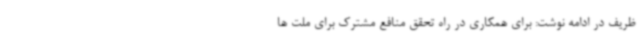
ظریف در ادامه نوشت: برای همکاری در راه تحقق منافع مشترک برای ملت ها